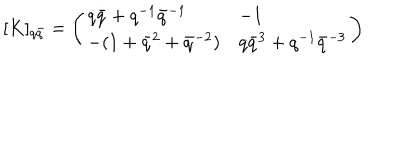
LaTeX: \lbrack K ] _ { q \bar { q } } = \left( \begin{array} { l l } { { q \bar { q } + q ^ { - 1 } \bar { q } ^ { - 1 } } } & { { - 1 } } \\ { { - ( 1 + \bar { q } ^ { 2 } + \bar { q } ^ { - 2 } ) } } & { { q \bar { q } ^ { 3 } + q ^ { - 1 } \bar { q } ^ { - 3 } } } \\ \end{array} \right)